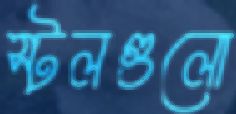
স্টলগুলো